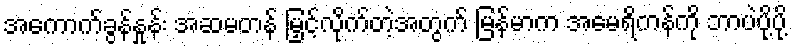
အကောက်ခွန်နှုန်း အဆမတန် မြှင့်လိုက်တဲ့အတွက် မြန်မာက အမေရိကန်ကို ဘာပဲပို့ပို့